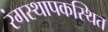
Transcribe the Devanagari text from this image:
रंगस्थापकस्थित